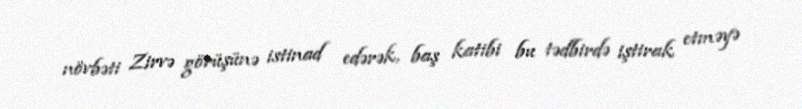
növbəti Zirvə görüşünə istinad edərək, baş katibi bu tədbirdə iştirak etməyə